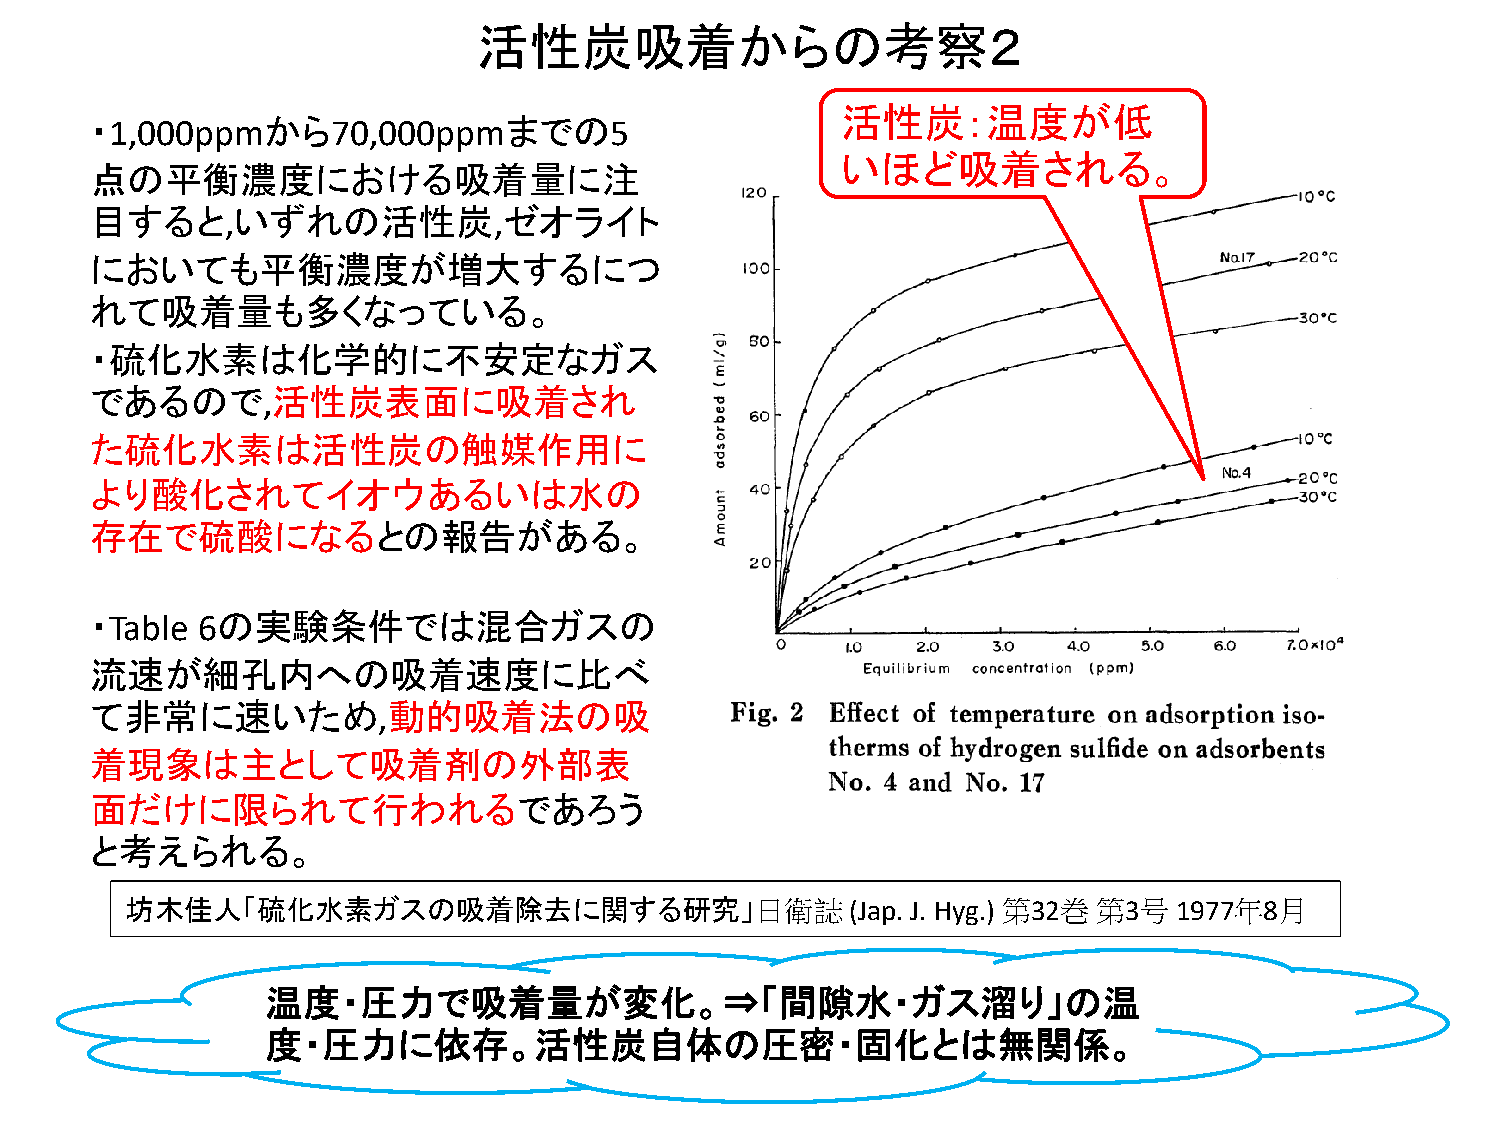
活性炭吸着からの考察２
 活性炭：温度が低
 ・1,000ppmから70,000ppmまでの5
 いほど吸着される。
 点の平衡濃度における吸着量に注
 目すると,いずれの活性炭,ゼオライト
 においても平衡濃度が増大するにつ
 れて吸着量も多くなっている。
 ・硫化水素は化学的に不安定なガス
 であるので,活性炭表面に吸着され
 た硫化水素は活性炭の触媒作用に
 より酸化されてイオウあるいは水の
 存在で硫酸になるとの報告がある。
 ・Table 6の実験条件では混合ガスの
 流速が細孔内への吸着速度に比べ
 て非常に速いため,動的吸着法の吸
 着現象は主として吸着剤の外部表
 面だけに限られて行われるであろう
 と考えられる。
 坊木佳人「硫化水素ガスの吸着除去に関する研究」日衛誌                      (Jap. J. Hyg.) 第32巻 第3号 1977年8月
 温度・圧力で吸着量が変化。⇒「間隙水・ガス溜り」の温
 度・圧力に依存。活性炭自体の圧密・固化とは無関係。